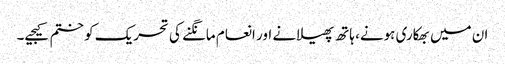
ان میں بھکاری ہونے، ہاتھ پھیلانے اور انعام مانگنے کی تحریک کو ختم کیجیے۔